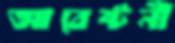
আবেষ্টনী